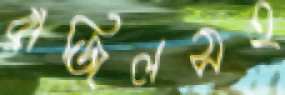
ব্রাজিলসহ